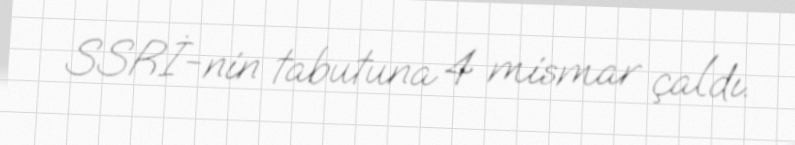
SSRİ-nin tabutuna 4 mismar çaldı.